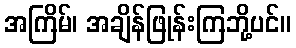
အကြိမ်၊ အချိန်ဖြုန်းကြဘို့ပင်။